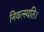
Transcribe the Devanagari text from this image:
निवत्स्यति।